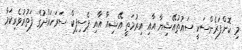
މި ކޮންފަރެންސަކީ ސައުތުއޭޝިޔާ އާއި އިރުމަތީ އޭޝިއާ އާއި ޕެސިފިކް ސަރަހައްދުގެ ފަތުރުވެރިކަމާ